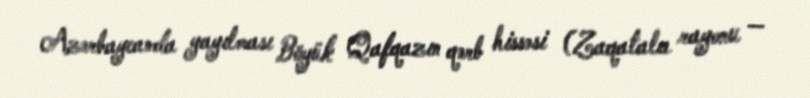
Azərbaycanda yayılması Böyük Qafqazın qərb hissəsi (Zaqatala rayonu —